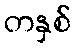
တနှစ်